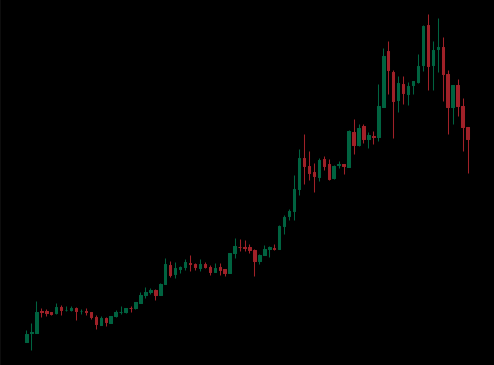
Pattern: unclassified